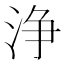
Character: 浄